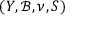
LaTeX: ( Y , { \mathcal { B } } , \nu , S )